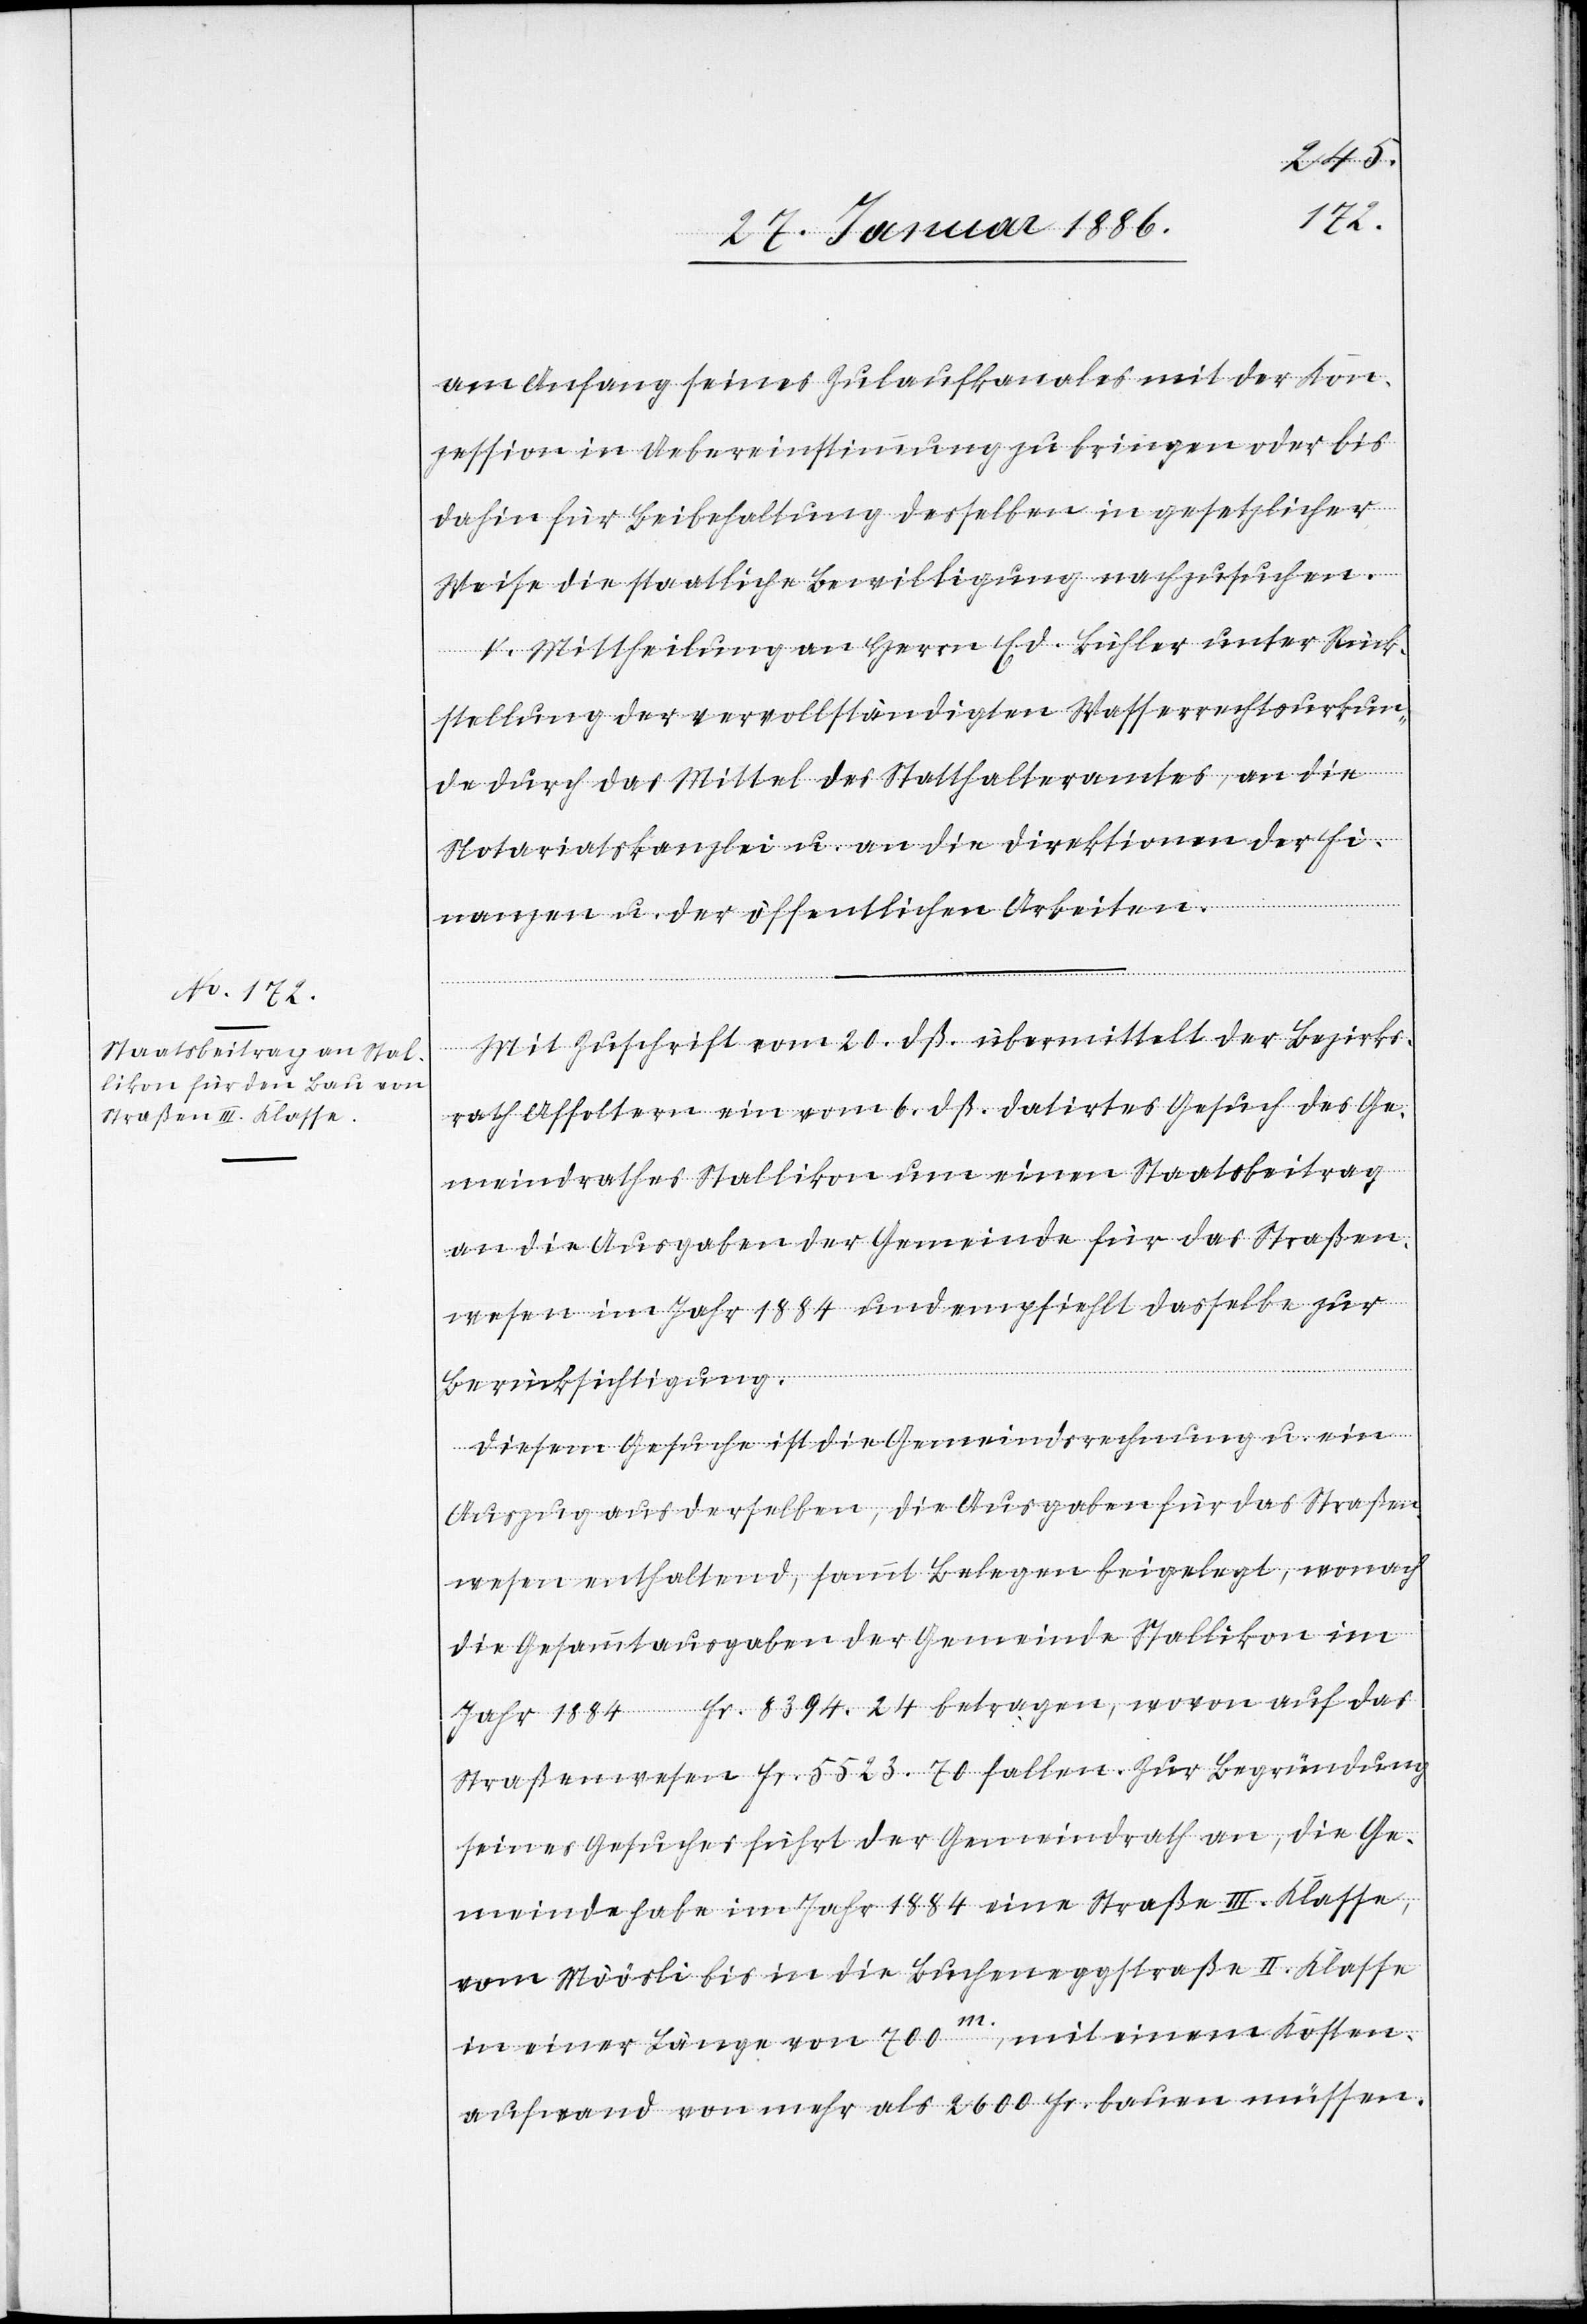
am Anfang seines Zulaufkanales mit der Kon¬
zession in Uebereinstimmung zu bringen oder bis
dahin für Beibehaltung desselben in gesetzlicher
Weise die staatliche Bewilligung nachzusuchen.
V. Mittheilung an Herrn Ed. Bühler unter Rück¬
stellung der vervollständigten Wasserrechtsurkun¬
de durch das Mittel des Statthalteramtes, an die
Notariatskanzlei u. an die Direktion des Fi¬
nanzen u. der öffentlichen Arbeiten.
Mit Zuschrift vom 20. dß. übermittelt der Bezirks¬
rath Affoltern ein vom 6. dß. datirtes Gesuch des Ge¬
meindrathes Stallikon um einen Staatsbeitrag
an die Ausgaben der Gemeinde für das Straßen¬
wesen im Jahr 1884 und empfiehlt dasselbe zur
Berücksichtigung.
Diesem Gesuche ist die Gemeindsrechnung u. ein
Auszug aus derselben, die Ausgaben für das Straßen¬
wesen enthaltend, sammt Belegen beigelegt, wonach
die Gesammtausgaben der Gemeinde Stallikon im
Jahr 1884 Fr. 8394. 24 betragen, wovon auf das
Straßenwesen Fr. 5523. 70 fallen. Zur Begründung
seines Gesuches führt der Gemeindrath an, die Ge¬
meinde habe im Jahr 1884 eine Straße III. Klasse,
vom Möösli bis in die Bucheneggstaße II. Klasse
in einer Länge von 700 m, mit einem Kosten¬
aufwand von mehr als 2600 Fr. bauen müssen.